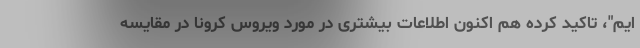
ایم"، تاکید کرده هم اکنون اطلاعات بیشتری در مورد ویروس کرونا در مقایسه